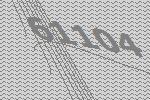
61104